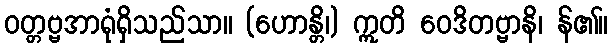
ဝတ္တဗ္ဗအာရုံရှိသည်သာ။ (ဟောန္တိ၊) ဣတိ ဝေဒိတဗ္ဗာနိ၊ န်၏။